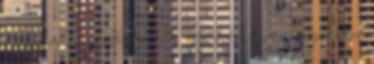
a folytatás összhatá- De elég nekünk az a varázslatos